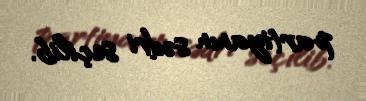
partiyanın sədri seçilib.